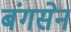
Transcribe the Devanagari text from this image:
बंगसेन